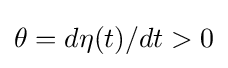
\theta =d\eta (t)/dt>0